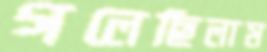
গলেছিলাম